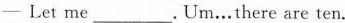
——Let me ___ .Um…there are ten.